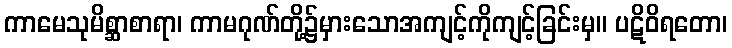
ကာမေသုမိစ္ဆာစာရာ၊ ကာမဂုဏ်တို့၌မှားသောအကျင့်ကိုကျင့်ခြင်းမှ။ ပဋိဝိရတော၊